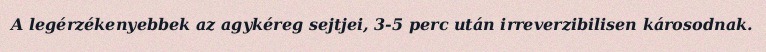
A legérzékenyebbek az agykéreg sejtjei, 3-5 perc után irreverzibilisen károsodnak.